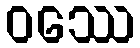
ဝဿေ